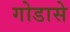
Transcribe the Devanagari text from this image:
गोडासे